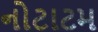
નોટાટમ